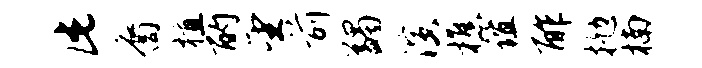
此裔植酌望前蠲演樵谊酢抛楠